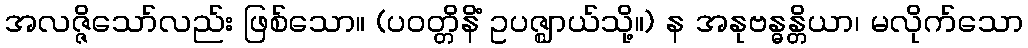
အလဇ္ဇိသော်လည်း ဖြစ်သော။ (ပဝတ္တိနိံ ဥပဇ္ဈာယ်သို့။) န အနုဗန္ဓန္တိယာ၊ မလိုက်သော